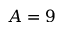
A = 9